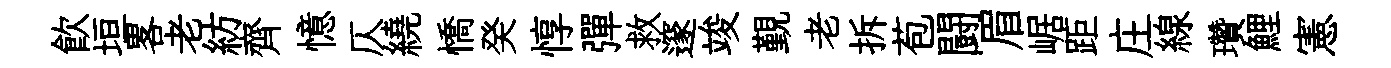
飮垣畧老紡齊憶仄繞憍癸惇彈救邃竣覲老拆苞闘眉崌距庄線瓚鯉憲